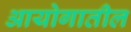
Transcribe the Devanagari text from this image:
आयोगातील